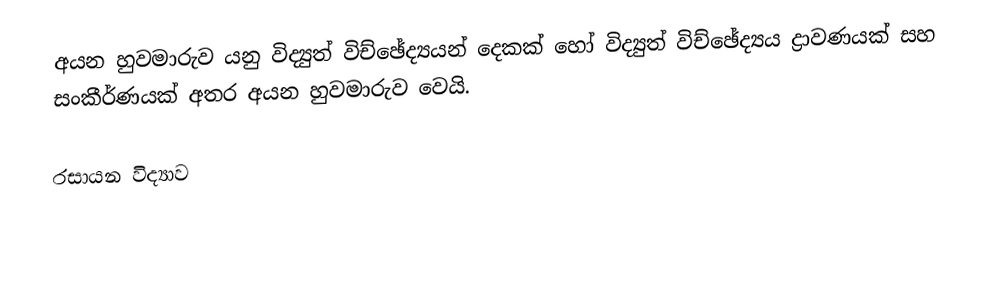
අයන හුවමාරුව යනු  විද්‍යුත් විච්ඡේද්‍යයන්  දෙකක් හෝ විද්‍යුත් විච්ඡේද්‍යය ද්‍රාවණයක් සහ සංකීර්ණයක් අතර අයන හුවමාරුව වෙයි.

රසායන විද්‍යාව